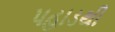
પહાડથી